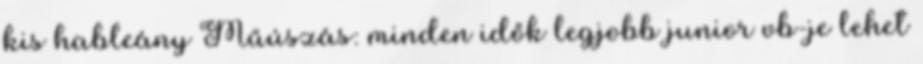
kis hableány Műúszás: minden idők legjobb junior vb-je lehet